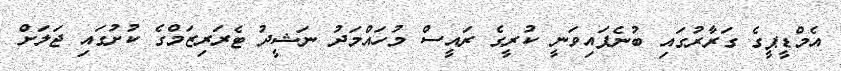
އެމްޑީޕީގެ ގަރާރުގައި ބުނެފައިވަނީ ކުރީގެ ރައީސް މުހައްމަދު ނަޝީދު ޓެރަރިޒަމްގެ ކުށުގައި ޖަލަށް